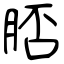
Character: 脴